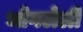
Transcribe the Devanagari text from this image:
भोगलेली